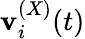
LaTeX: \mathbf{v}_{i}^{(X)}(t)